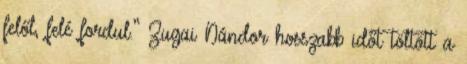
felől, felé fordul.” Zugai Nándor hosszabb időt töltött a